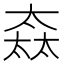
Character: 𡙒